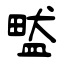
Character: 盢